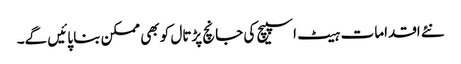
نئے اقدامات ہیٹ اسپیچ کی جانچ پڑتال کو بھی ممکن بنا پائیں گے۔